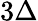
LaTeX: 3\Delta